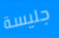
جليسة